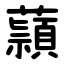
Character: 蘏